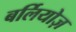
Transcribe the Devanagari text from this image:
बर्लियोज़